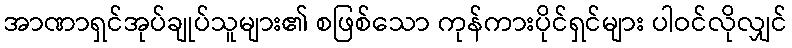
အာဏာရှင်အုပ်ချုပ်သူများ၏ စဖြစ်သော ကုန်ကားပိုင်ရှင်များ ပါဝင်လိုလျှင်